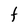
Character: t